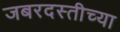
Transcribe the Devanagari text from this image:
जबरदस्तीच्या